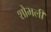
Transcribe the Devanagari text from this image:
शोभली